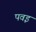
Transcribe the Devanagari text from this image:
पवइ